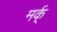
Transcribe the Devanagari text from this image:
मर्क्